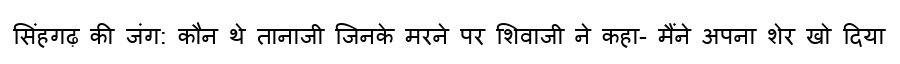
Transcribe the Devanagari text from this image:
सिंहगढ़ की जंग: कौन थे तानाजी जिनके मरने पर शिवाजी ने कहा- मैंने अपना शेर खो दिया